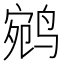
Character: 鹓